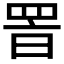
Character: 𦊸